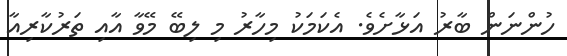
ހުންނަން ބާރު އަޅާށެވެ. އެކަމަކު މިހާރު މި ލިބޭ މޭވާ އާއި ތަރުކާރިއާ